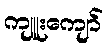
ကျူးကျော်